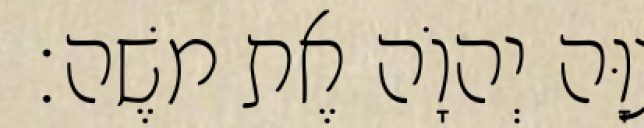
צִוָּה יְהוָֹה אֶת משֶׁה׃